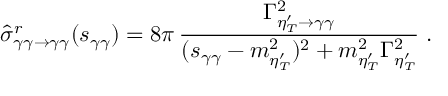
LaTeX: \hat { \sigma } _ { \gamma \gamma \rightarrow \gamma \gamma } ^ { r } ( s _ { \gamma \gamma } ) = 8 \pi \, { \frac { \Gamma _ { \eta _ { T } ^ { \prime } \rightarrow \gamma \gamma } ^ { 2 } } { ( s _ { \gamma \gamma } - m _ { \eta _ { T } ^ { \prime } } ^ { 2 } ) ^ { 2 } + m _ { \eta _ { T } ^ { \prime } } ^ { 2 } \Gamma _ { \eta _ { T } ^ { \prime } } ^ { 2 } } } \; .